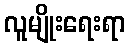
လူမျိုးရေးရာ